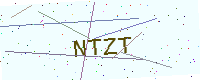
Text: NTZT